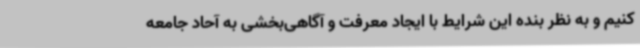
کنیم و به نظر بنده این شرایط با ایجاد معرفت و آگاهی‌بخشی به آحاد جامعه